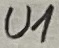
Text: U1